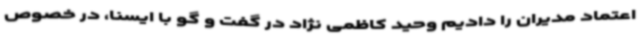
اعتماد مدیران را دادیم وحید کاظمی نژاد در گفت و گو با ایسنا، در خصوص